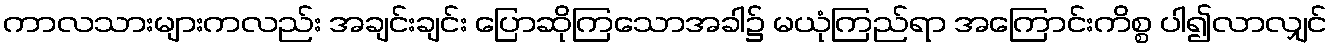
ကာလသားများကလည်း အချင်းချင်း ပြောဆိုကြသောအခါ၌ မယုံကြည်ရာ အကြောင်းကိစ္စ ပါ၍လာလျှင်